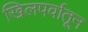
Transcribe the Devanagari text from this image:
खिलपर्वातून